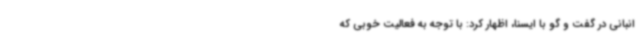
انبانی در گفت و گو با ایسنا، اظهار کرد: با توجه به فعالیت خوبی که